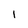
Character: I